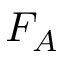
F _ { A }